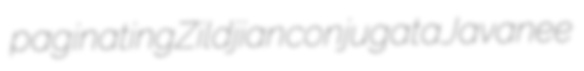
paginating Zildjian conjugata Javanee